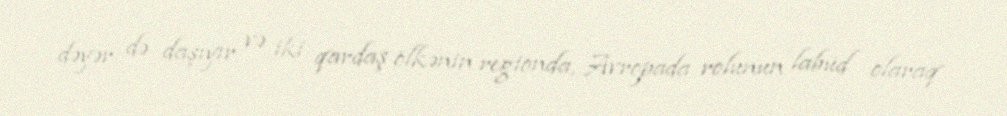
dəyər də daşıyır və iki qardaş ölkənin regionda, Avropada rolunun labüd olaraq